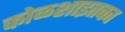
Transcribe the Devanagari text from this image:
कोळशाइतका